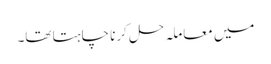
میں معاملہ حل کرنا چاہتا تھا۔